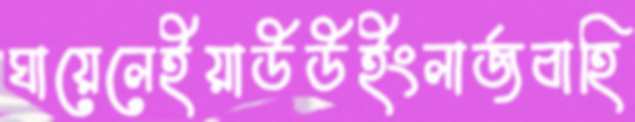
ঘায়েলেইয়াউউইংলার্জবাহি